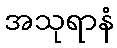
အသုရာနံ